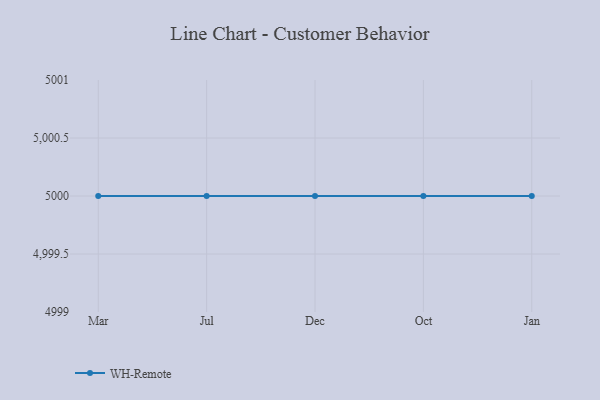
{"axis": {"x": "Month", "y": "Operating Costs (USD K)"}, "legend": ["WH-Remote"], "data": [{"x": "Mar", "y": 5000, "type": "WH-Remote"}, {"x": "Jul", "y": 5000, "type": "WH-Remote"}, {"x": "Dec", "y": 5000, "type": "WH-Remote"}, {"x": "Oct", "y": 5000, "type": "WH-Remote"}, {"x": "Jan", "y": 5000, "type": "WH-Remote"}]}